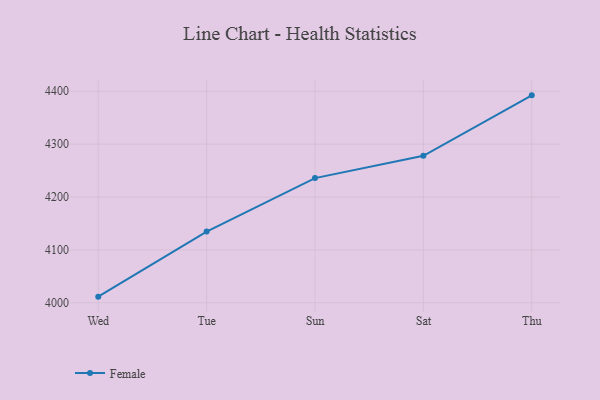
{"axis": {"x": "Day", "y": "Bounce Rate (%)"}, "legend": ["Female"], "data": [{"x": "Wed", "y": 4011.6, "type": "Female"}, {"x": "Tue", "y": 4134.6, "type": "Female"}, {"x": "Sun", "y": 4235.8, "type": "Female"}, {"x": "Sat", "y": 4278.0, "type": "Female"}, {"x": "Thu", "y": 4392.3, "type": "Female"}]}